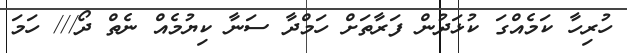
ހުރިހާ ކަމެއްގަ ކުޅަދުން ފަރާތަށް ހަމްދާ ސަނާ ކިޔުމެއް ނެތް ދޯ/// ހަމަ